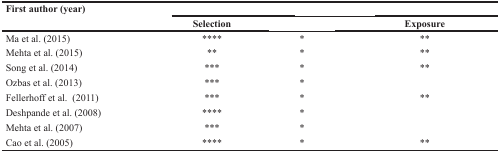
<table><thead><tr><td rowspan="2"><b>First author (year)</b></td><td colspan="3">[EMPTY_CELL]</td></tr><tr><td><b>Selection</b></td><td>[EMPTY_CELL]</td><td><b>Exposure</b></td></tr></thead><tbody><tr><td>Ma et al. (2015)</td><td>****</td><td>*</td><td>**</td></tr><tr><td>Mehta et al. (2015)</td><td>**</td><td>*</td><td>**</td></tr><tr><td>Song et al. (2014)</td><td>***</td><td>*</td><td>**</td></tr><tr><td>Ozbas et al. (2013)</td><td>***</td><td>*</td><td>[EMPTY_CELL]</td></tr><tr><td>Fellerhoff et al. (2011)</td><td>***</td><td>*</td><td>**</td></tr><tr><td>Deshpande et al. (2008)</td><td>****</td><td>*</td><td>[EMPTY_CELL]</td></tr><tr><td>Mehta et al. (2007)</td><td>***</td><td>*</td><td>[EMPTY_CELL]</td></tr><tr><td>Cao et al. (2005)</td><td>****</td><td>*</td><td>**</td></tr></tbody></table>